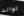
لوالد